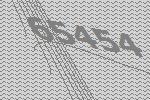
65454